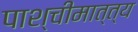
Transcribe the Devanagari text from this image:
पाश्चीमात्त्य